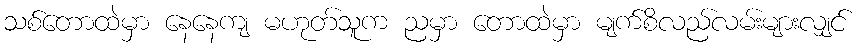
သစ်တောထဲမှာ နေနေကျ မဟုတ်သူက ညမှာ တောထဲမှာ မျက်စိလည်လမ်းများလျှင်